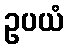
ဥပယံ